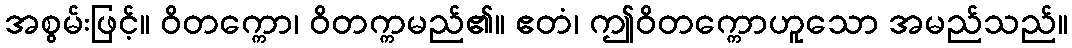
အစွမ်းဖြင့်။ ဝိတက္ကော၊ ဝိတက္ကမည်၏။ ဧတံ၊ ဤဝိတက္ကောဟူသော အမည်သည်။